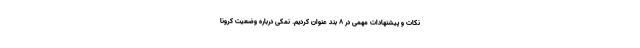
نکات و پیشنهادات مهمی در ۸ بند عنوان کردیم. نمکی درباره وضعیت کرونا